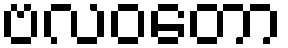
ဗလဝတော